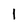
Character: 1